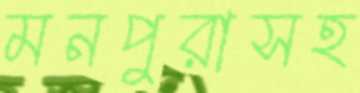
মনপুরাসহ